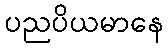
ပညပိယမာနေ